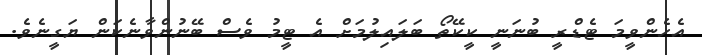
އެހެންވީމަ ޓެޑްރީ ބުނަނީ ކީކޭތޯ ބަލައިލުމަށް އެ ޓީމު ވެސް ބޭނުންވާނެކަން ޔަގީނެވެ.